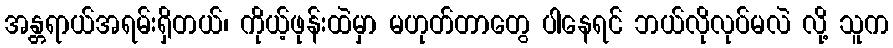
အန္တရာယ်အရမ်းရှိတယ်၊ ကိုယ့်ဖုန်းထဲမှာ မဟုတ်တာတွေ ပါနေရင် ဘယ်လိုလုပ်မလဲ လို့ သူက